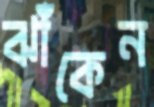
ঝাঁকেন